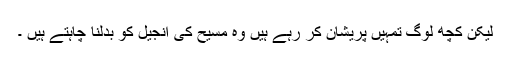
لیکن کچھ لوگ تمہیں پریشان کر رہے ہیں وہ مسیح کی انجیل کو بدلنا چاہتے ہیں ۔